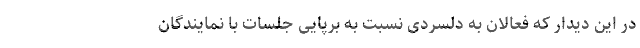
در این دیدار که فعالان به دلسردی نسبت به برپایی جلسات با نمایندگان